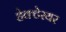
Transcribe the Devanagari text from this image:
हेक्टेरयर